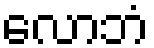
လောဘံ